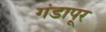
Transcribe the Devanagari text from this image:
गंडापूर